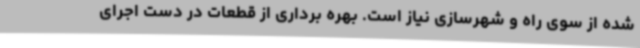
شده از سوی راه و شهرسازی نیاز است. بهره برداری از قطعات در دست اجرای